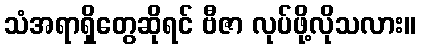
သံအရာရှိတွေဆိုရင် ဗီဇာ လုပ်ဖို့လိုသလား။